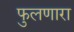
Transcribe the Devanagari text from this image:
फुलणारा